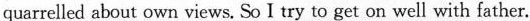
quarrelled about own views. So I try to get on well with father.